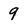
Character: 9